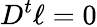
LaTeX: D^{t}\ell=0